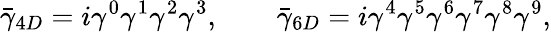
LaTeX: \bar{\gamma}_{4D}=i\gamma^{0}\gamma^{1}\gamma^{2}\gamma^{3},\qquad\bar{\gamma}_{6D}=i\gamma^{4}\gamma^{5}\gamma^{6}\gamma^{7}\gamma^{8}\gamma^{9},